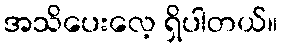
အသိပေးလေ့ ရှိပါတယ်။